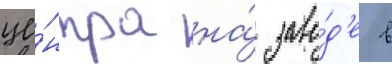
це́нтра на́ заво́д'е в